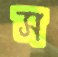
স